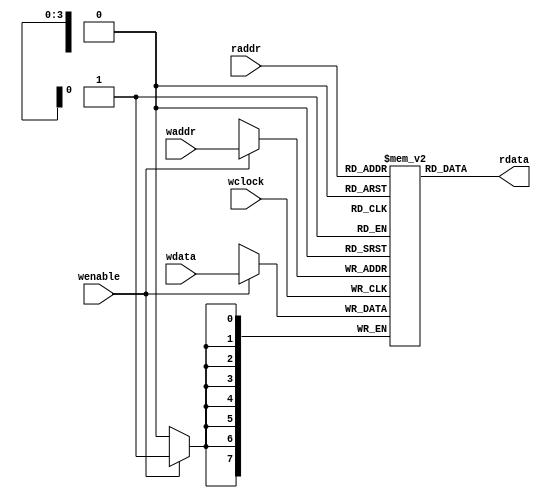
/**
 * Copyright (C) 2018, Miklos Maroti
 * This is free software released under the 3-clause BSD licence.
 */

`default_nettype none

/**
 * This ram is inferred as distributed pseudo dual port ram with 
 * non-registered output.
 */
module simple_dual_port_ram_reg0 #(parameter integer DATA_WIDTH = 8, ADDR_WIDTH = 4) (
	input wire wclock,
	input wire wenable,
	input wire [ADDR_WIDTH-1:0] waddr,
	input wire [DATA_WIDTH-1:0] wdata,
	input wire [ADDR_WIDTH-1:0] raddr,
	output wire [DATA_WIDTH-1:0] rdata)
	/* synthesis syn_hier = "hard" */;

reg [DATA_WIDTH-1:0] memory [(1<<ADDR_WIDTH)-1:0]
	/* synthesis syn_ramstyle="distributed,no_rw_check" */;

always @(posedge wclock)
begin
	if (wenable)
		memory[waddr] <= wdata;
end

assign rdata = memory[raddr];
endmodule

/**
 * This ram is inferred as distributed pseudo dual port ram with registered
 * output.
 */
module simple_dual_port_ram_reg1 #(parameter integer DATA_WIDTH = 8, ADDR_WIDTH = 4) (
	input wire wclock,
	input wire wenable,
	input wire [ADDR_WIDTH-1:0] waddr,
	input wire [DATA_WIDTH-1:0] wdata,
	input wire rclock,
	input wire renable,
	input wire [ADDR_WIDTH-1:0] raddr,
	output reg [DATA_WIDTH-1:0] rdata);

reg [DATA_WIDTH-1:0] memory [(1<<ADDR_WIDTH)-1:0] 
	/* synthesis syn_ramstyle="distributed,no_rw_check" */;

always @(posedge wclock)
begin
	if (wenable)
		memory[waddr] <= wdata;
end

always @(posedge rclock)
begin
	if (renable)
		rdata <= memory[raddr];
end

`ifdef FORMAL
	always @(posedge wclock)
	begin
		if (wenable && renable)
			assert (waddr != raddr);
	end

	always @(posedge rclock)
	begin
		if (wenable && renable)
			assert (waddr != raddr);
	end
`endif
endmodule